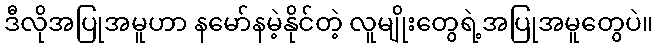
ဒီလိုအပြုအမူဟာ နမော်နမဲ့နိုင်တဲ့ လူမျိုးတွေရဲ့အပြုအမူတွေပဲ။